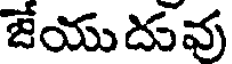
జేయుదువు